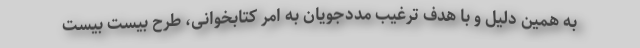
به همین دلیل و با هدف ترغیب مددجویان به امر کتابخوانی، طرح بیست بیست